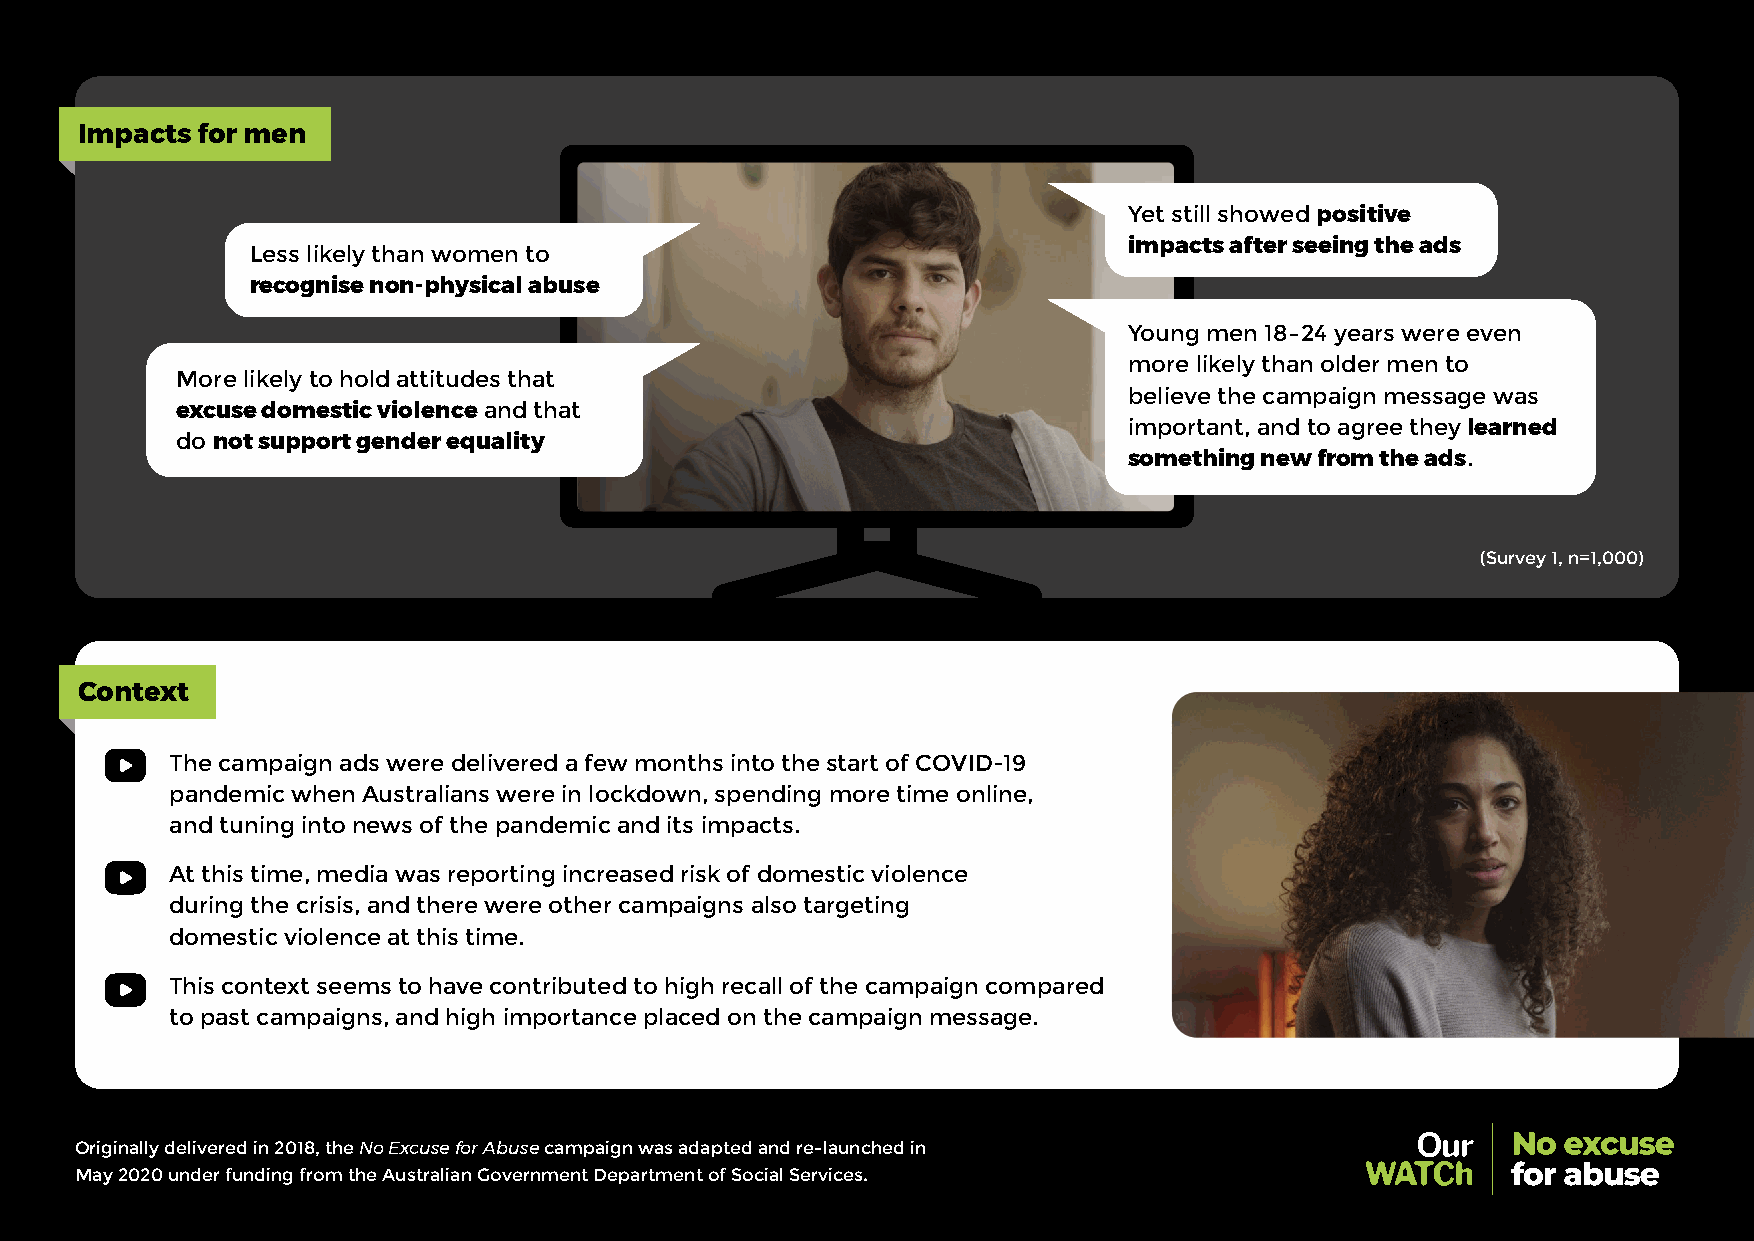
Impacts for men
 Yet still showed positive
 Less likely than women to                                 impacts after seeing the ads
 recognise non-physical abuse
 Young men 18–24 years were even
 more likely than older men to
 More likely to hold attitudes that
 believe the campaign message was
 excuse domestic violence and that
 important, and to agree they learned
 do not support gender equality
 something new from the ads.
 (Survey 1, n=1,000)
 Context
 •   The campaign ads were delivered a few months into the start of COVID-19
 pandemic when Australians were in lockdown, spending more time online,
 and tuning into news of the pandemic and its impacts.
 •   At this time, media was reporting increased risk of domestic violence
 during the crisis, and there were other campaigns also targeting
 domestic violence at this time.
 •   This context seems to have contributed to high recall of the campaign compared
 to past campaigns, and high importance placed on the campaign message.
 Originally delivered in 2018, the No Excuse for Abuse campaign was adapted and re-launched in
 May 2020 under funding from the Australian Government Department of Social Services.